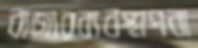
বাজারব্যবস্থাপনা